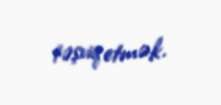
təşviq etmək.